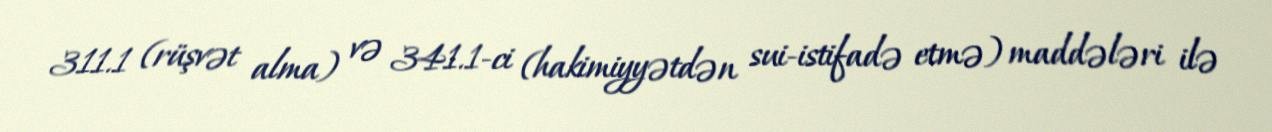
311.1 (rüşvət alma) və 341.1-ci (hakimiyyətdən sui-istifadə etmə) maddələri ilə